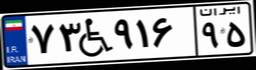
۷۳W۹۱۶۹۵